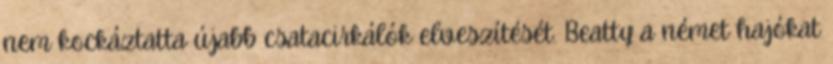
nem kockáztatta újabb csatacirkálók elveszítését. Beatty a német hajókat